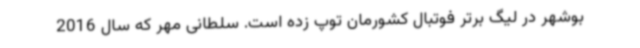
بوشهر در لیگ برتر فوتبال کشورمان توپ زده است. سلطانی مهر که سال 2016